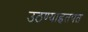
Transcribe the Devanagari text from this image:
उठण्याइतपत